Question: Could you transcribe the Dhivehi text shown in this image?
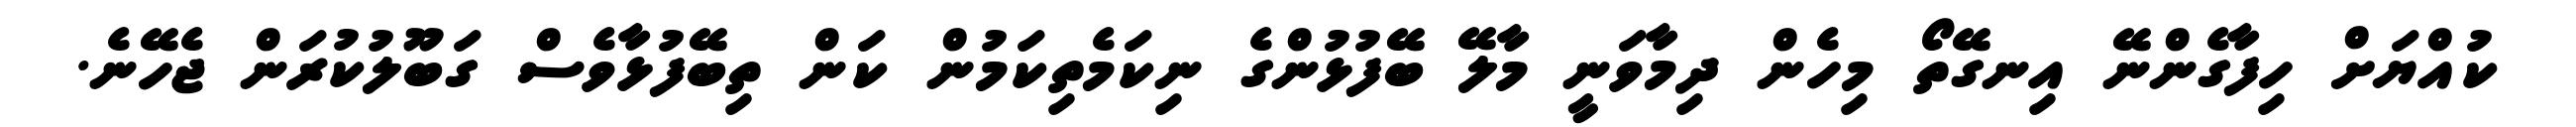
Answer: ކުއްޔަށް ހިފާގެންނޭ އިނގޭތޯ މިހެން ދިމާވަނީ މާލޭ ބޭފުޅުންގެ ނިކަމެތިކަމުން ކަން ތިބޭފުޅާވެސް ގަބޫލުކުރަން ޖެހޭނެ.